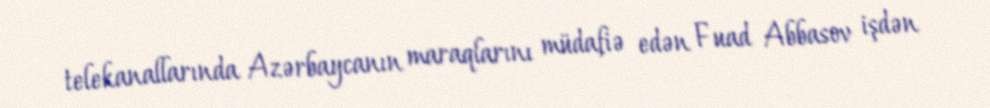
telekanallarında Azərbaycanın maraqlarını müdafiə edən Fuad Abbasov işdən